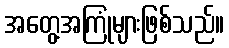
အတွေ့အကြုံများဖြစ်သည်။